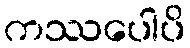
ကဿပေါပိ